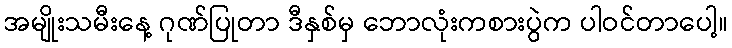
အမျိုးသမီးနေ့ ဂုဏ်ပြုတာ ဒီနှစ်မှ ဘောလုံးကစားပွဲက ပါဝင်တာပေါ့။